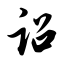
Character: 诏